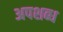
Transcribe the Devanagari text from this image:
अपशब्ध